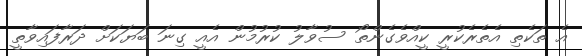
އެ ތަކެތި އެތެރެކުރީ ކީއްވެގެންތޯ ސުވާލު ކުރުމުން އެއީ ގިނަ ބަޔަކަށް ދަރާފައިވާތީ